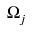
\Omega _ { j }